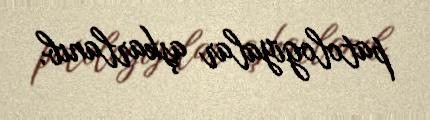
patologiyalar aşkarlanıb.